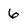
Character: 6